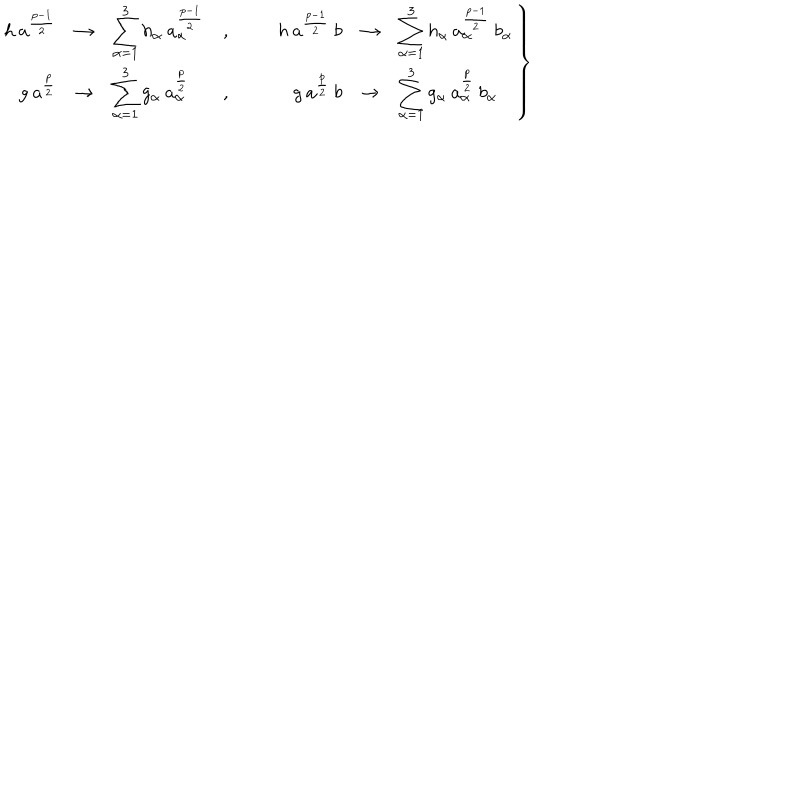
LaTeX: \left. \begin{array} { r c l c r c l } { { h \: a ^ { \frac { p - 1 } { 2 } } } } & { { \rightarrow } } & { { \displaystyle \sum _ { \alpha = 1 } ^ { 3 } h _ { \alpha } \: a _ { \alpha } ^ { \frac { p - 1 } { 2 } } } } & { { , } } & { { h \: a ^ { \frac { p - 1 } { 2 } } \: b } } & { { \rightarrow } } & { { \displaystyle \sum _ { \alpha = 1 } ^ { 3 } h _ { \alpha } \: a _ { \alpha } ^ { \frac { p - 1 } { 2 } } \: b _ { \alpha } } } \\ { { g \: a ^ { \frac { p } { 2 } } } } & { { \rightarrow } } & { { \displaystyle \sum _ { \alpha = 1 } ^ { 3 } g _ { \alpha } \: a _ { \alpha } ^ { \frac { p } { 2 } } } } & { { , } } & { { g \: a ^ { \frac { p } { 2 } } \: b } } & { { \rightarrow } } & { { \displaystyle \sum _ { \alpha = 1 } ^ { 3 } g _ { \alpha } \: a _ { \alpha } ^ { \frac { p } { 2 } } \: b _ { \alpha } } } \\ \end{array} \right\}